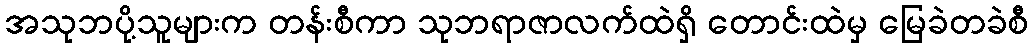
အသုဘပို့သူများက တန်းစီကာ သုဘရာဇာလက်ထဲရှိ တောင်းထဲမှ မြေခဲတခဲစီ